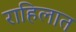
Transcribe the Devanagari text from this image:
राहिलात